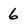
Character: 6